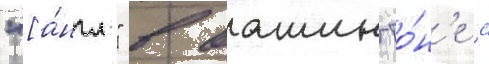
"[а́нгл." в вашингто́н'е с